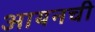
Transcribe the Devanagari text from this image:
आयनची